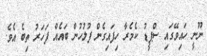
ނޫނީ ހައިވޭގައި ސްޕީޑު ކެމެރާ ހިފައިގެން ފުލުހުން ބައެއް ފަހަރު ތިބެ އެވެ.